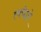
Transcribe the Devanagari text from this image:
त्वचेद्वारे